Report of the King Institute of Preventive Medicine, Guindy
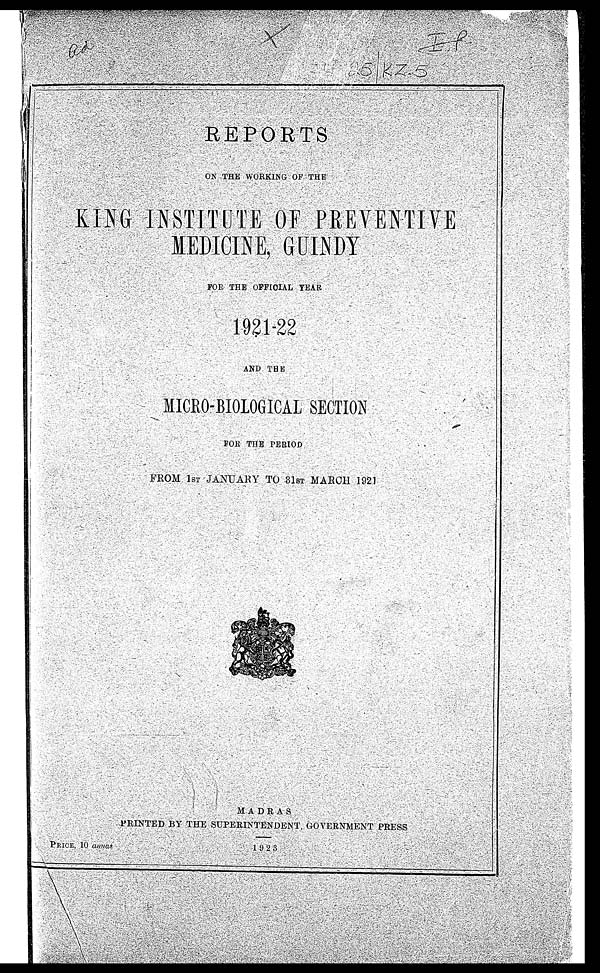
PRICE, 10 annas
1923
REPORTS
ON THE WORKING OF THE
KING INSTITUTE OF PREVENTIVE
MEDICINE, GUINDY
FOR THE OFFICIAL YEAR
1921-22
AND THE
MICRO-BIOLOGICAL SECTION
FOR THE PERIOD
FROM 1ST JANUARY TO 31ST MARCH. 1921
MADRAS
PRINTED BY THE SUPERINTENDENT, GOVERNMENT PRESS